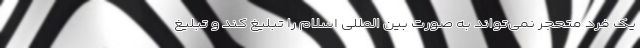
یک فرد متحجر نمی‌تواند به صورت بین المللی اسلام را تبلیغ کند و تبلیغ